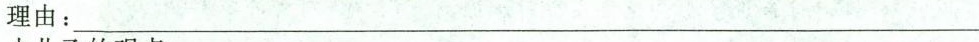
理由：___